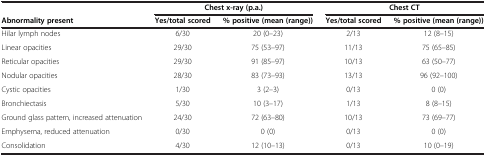
<table><thead><tr><td><b> </b></td><td colspan="2"><b>Chest x-ray (p.a.)</b></td><td colspan="2"><b>Chest CT</b></td></tr><tr><td><b>Abnormality present</b></td><td><b>Yes/total scored</b></td><td><b>% positive (mean (range))</b></td><td><b>Yes/total scored</b></td><td><b>% positive (mean (range))</b></td></tr></thead><tbody><tr><td>Hilar lymph nodes</td><td>6/30</td><td>20 (0–23)</td><td>2/13</td><td>12 (8–15)</td></tr><tr><td>Linear opacities</td><td>29/30</td><td>75 (53–97)</td><td>11/13</td><td>75 (65–85)</td></tr><tr><td>Reticular opacities</td><td>29/30</td><td>91 (85–97)</td><td>10/13</td><td>63 (50–77)</td></tr><tr><td>Nodular opacities</td><td>28/30</td><td>83 (73–93)</td><td>13/13</td><td>96 (92–100)</td></tr><tr><td>Cystic opacities</td><td>1/30</td><td>3 (2–3)</td><td>0/13</td><td>0 (0)</td></tr><tr><td>Bronchiectasis</td><td>5/30</td><td>10 (3–17)</td><td>1/13</td><td>8 (8–15)</td></tr><tr><td>Ground glass pattern, increased attenuation</td><td>24/30</td><td>72 (63–80)</td><td>10/13</td><td>73 (69–77)</td></tr><tr><td>Emphysema, reduced attenuation</td><td>0/30</td><td>0 (0)</td><td>0/13</td><td>0 (0)</td></tr><tr><td>Consolidation</td><td>4/30</td><td>12 (10–13)</td><td>0/13</td><td>10 (0–19)</td></tr></tbody></table>